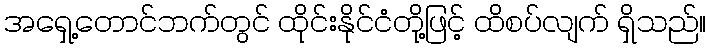
အရှေ့တောင်ဘက်တွင် ထိုင်းနိုင်ငံတို့ဖြင့် ထိစပ်လျက် ရှိသည်။